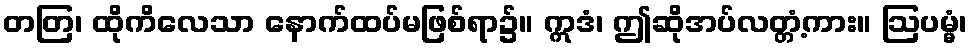
တတြ၊ ထိုကိလေသာ နောက်ထပ်မဖြစ်ရာ၌။ ဣဒံ၊ ဤဆိုအပ်လတ္တံ့ကား။ ဩပမ္မံ၊